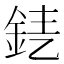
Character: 𨦤